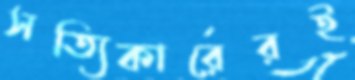
সত্যিকারেরই